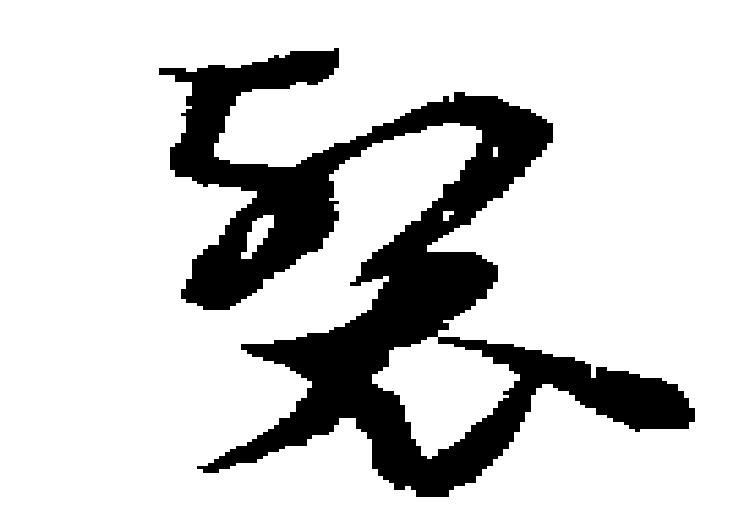
裂